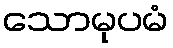
သောမုပမံ